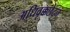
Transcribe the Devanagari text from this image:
अधिवृक्कछेदन